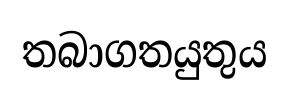
තබාගතයුතුය